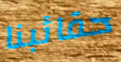
حقائبنا